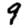
Digit: 9